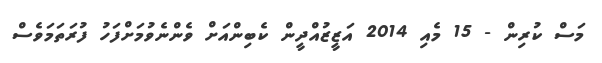
މަސް ކުރިން - 15 މެއި 2014 އަޒީޒުއްދީން ކެބިންއަށް ވެންނެވުމަށްފަހު ފުރަތަމަވެސް